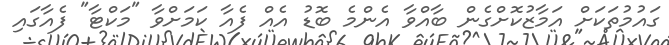
ގައުމުތަކަށް އަމާޒުކޮށްގެން ބާއްވާ އެންމެ ބޮޑު އެއް ފެއާ ކަމަށްވާ "މަކްޓާ" ފެއާގައި